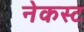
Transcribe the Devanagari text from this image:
नेकस्ट